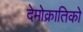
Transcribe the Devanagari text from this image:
देमोक्रातिको